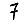
Digit: 7